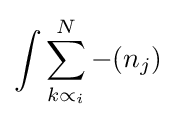
\int \sum _{k\propto _{i}}^{N}-(n_{j})